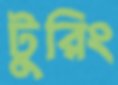
টুরিং